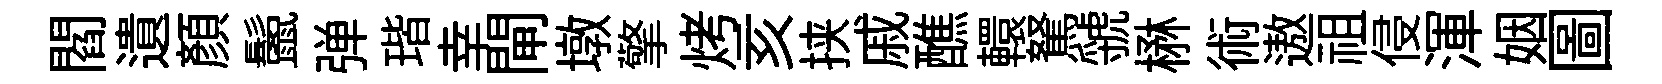
閻遺顔鬛弹瑎幸閘墩擎烤亥挟戚醮轘駑虢楙術遨祖侵渾姻圖